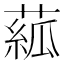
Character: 𦸷